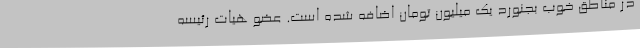
در مناطق خوب بجنورد یک میلیون تومان اضافه شده است. عضو هیات رئیسه